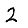
Digit: 2